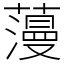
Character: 䕕